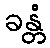
ခန္တံ